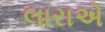
લારાએ